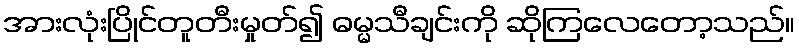
အားလုံးပြိုင်တူတီးမှုတ်၍ ဓမ္မသီချင်းကို ဆိုကြလေတော့သည်။